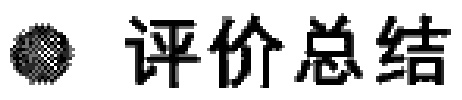
\textbullet 评价总结